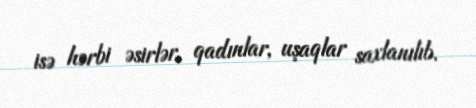
isə hərbi əsirlər, qadınlar, uşaqlar saxlanılıb.